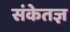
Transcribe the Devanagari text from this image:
संकेतज्ञ